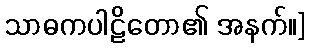
သာဓကပါဠိတော၏ အနက်။]